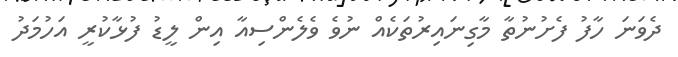
ދެވަނަ ހާފު ފެށުނުތާ މާގިނައިރުތަކެއް ނުވެ ވެލެންސިއާ އިން ލީޑު ފުޅާކުރީ އަހުމަދު